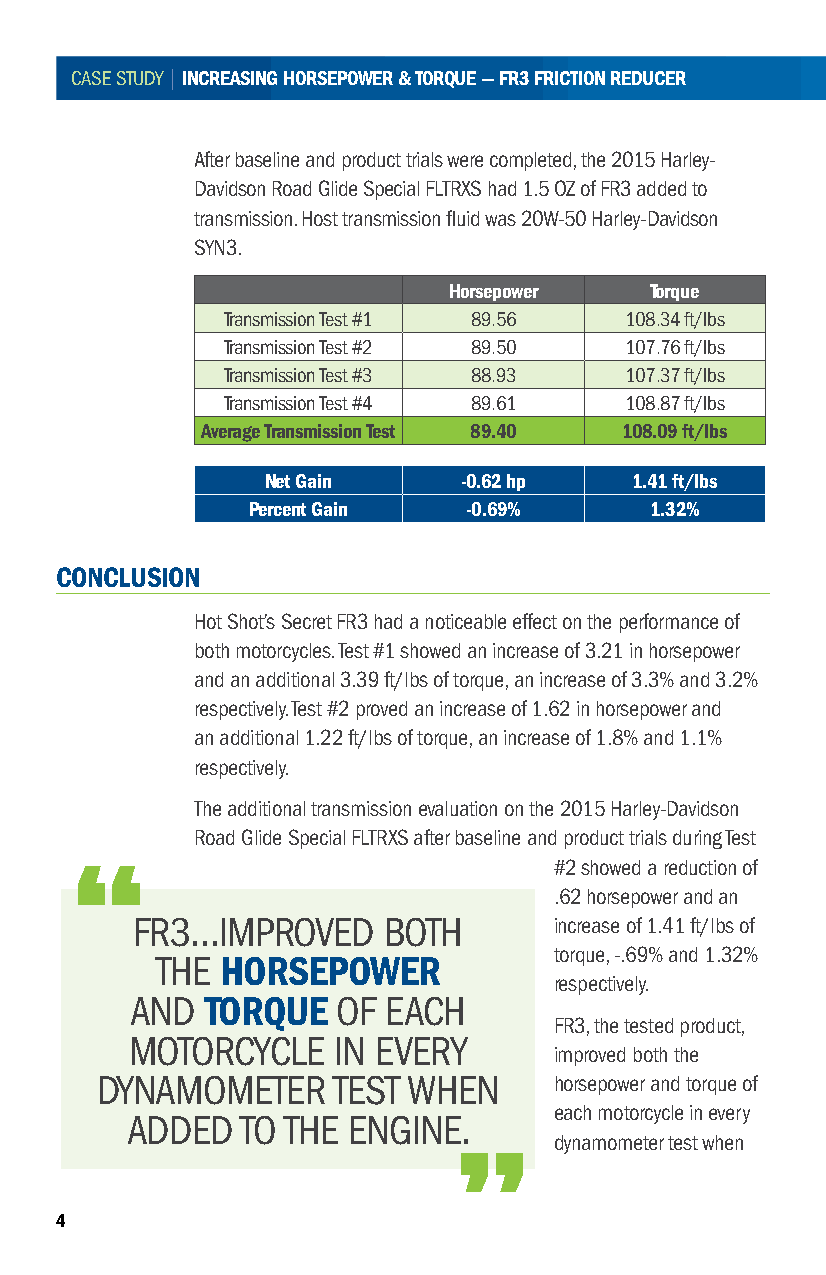
CASE STUDY | INCREASING HORSEPOWER & TORQUE — FR3 FRICTION REDUCER
 After baseline and product trials were completed, the 2015 Harley-
 Davidson Road Glide Special FLTRXS had 1 .5 OZ of FR3 added to
 transmission . Host transmission fluid was 20W-50 Harley-Davidson
 SYN3 .
 Horsepower   Torque
 Transmission Test #1 89 .56 108 .34 ft/lbs
 Transmission Test #2 89 .50 107 .76 ft/lbs
 Transmission Test #3 88 .93 107 .37 ft/lbs
 Transmission Test #4 89 .61 108 .87 ft/lbs
 Average Transmission Test 89.40 108.09 ft/lbs
 Net Gain    -0.62 hp    1.41 ft/lbs
 Percent Gain   -0.69%      1.32%
 CONCLUSION
 Hot Shot’s Secret FR3 had a noticeable effect on the performance of
 both motorcycles . Test #1 showed an increase of 3 .21 in horsepower
 and an additional 3 .39 ft/lbs of torque, an increase of 3 .3% and 3 .2%
 respectively . Test #2 proved an increase of 1 .62 in horsepower and
 an additional 1 .22 ft/lbs of torque, an increase of 1 .8% and 1 .1%
 respectively .
 The additional transmission evaluation on the 2015 Harley-Davidson
 Road Glide Special FLTRXS after baseline and product trials during Test
 #2 showed a reduction of
 .62 horsepower and an
 FR3…IMPROVED    BOTH        increase of 1 .41 ft/lbs of
 torque, - .69% and 1 .32%
 THE  HORSEPOWER
 respectively .
 AND  TORQUE  OF  EACH
 FR3, the tested product,
 MOTORCYCLE   IN EVERY
 improved both the
 DYNAMOMETER     TEST WHEN      horsepower and torque of
 each motorcycle in every
 ADDED   TO THE ENGINE .
 dynamometer test when
 4